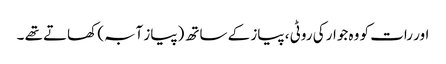
اور رات کو وہ جوار کی روٹی ، پیاز کے ساتھ (پیاز آبہ) کھاتے تھے ۔